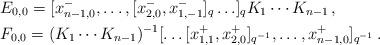
LaTeX: \begin{align*}&E_{0,0}=[x^-_{n-1,0},\ldots,[x^-_{2,0},x^-_{1,-1}]_q\ldots]_qK_1\cdots K_{n-1}\,,\\ &F_{0,0}=(K_1\cdots K_{n-1})^{-1}[\ldots [x^+_{1,1},x^+_{2,0}]_{q^{-1}},\ldots,x^+_{n-1,0}]_{q^{-1}}\,.\end{align*}